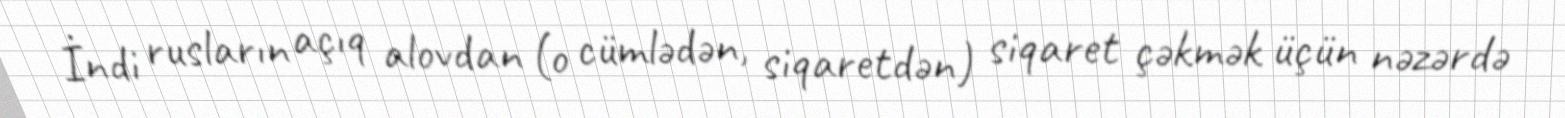
İndi rusların açıq alovdan (o cümlədən, siqaretdən) siqaret çəkmək üçün nəzərdə